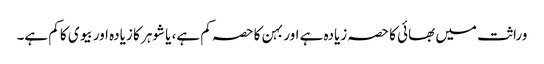
وراثت میں بھائی کا حصہ زیادہ ہے اور بہن کا حصہ کم ہے، یا شوہر کا زیادہ اور بیوی کا کم ہے۔